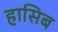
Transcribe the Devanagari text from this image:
हासिब